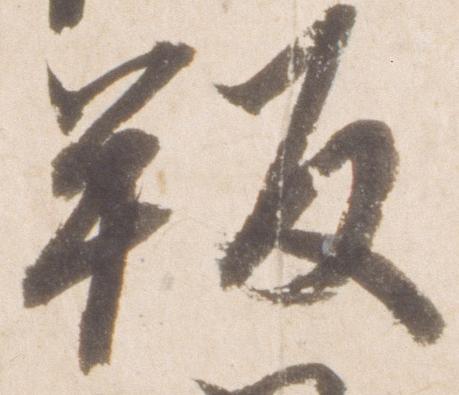
叛